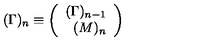
( \Gamma ) _ { n } \equiv \left( \begin{array} { r r } { ( \Gamma ) _ { n - 1 } } \\ { \ ( M ) _ { n } } \\ \end{array} \right)